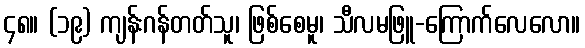
၄၈။ (၁၉) ကျန်းဂန်တတ်သူ၊ ဖြစ်စေမူ၊ သီလမဖြူ-ကြောက်လေလော။